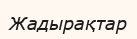
Жадырақтар